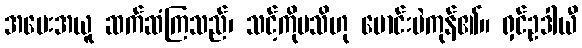
အပေးအယူ ဆက်ဆံကြသည်၊ သင့်ကိုမသိဟု မောင်းမဲကုန်၏။ ရှင်ဥဒါယီ